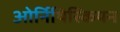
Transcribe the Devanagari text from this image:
ओर्निथिस्कियन